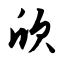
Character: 欣